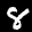
Label: 8